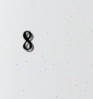
8